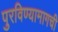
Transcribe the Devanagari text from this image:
पुरविण्यामागची